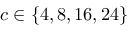
c \in \{ 4 , 8 , 1 6 , 2 4 \}